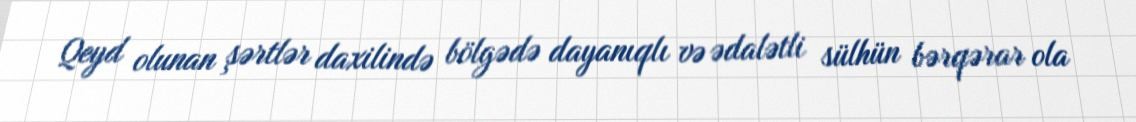
Qeyd olunan şərtlər daxilində bölgədə dayanıqlı və ədalətli sülhün bərqərar ola